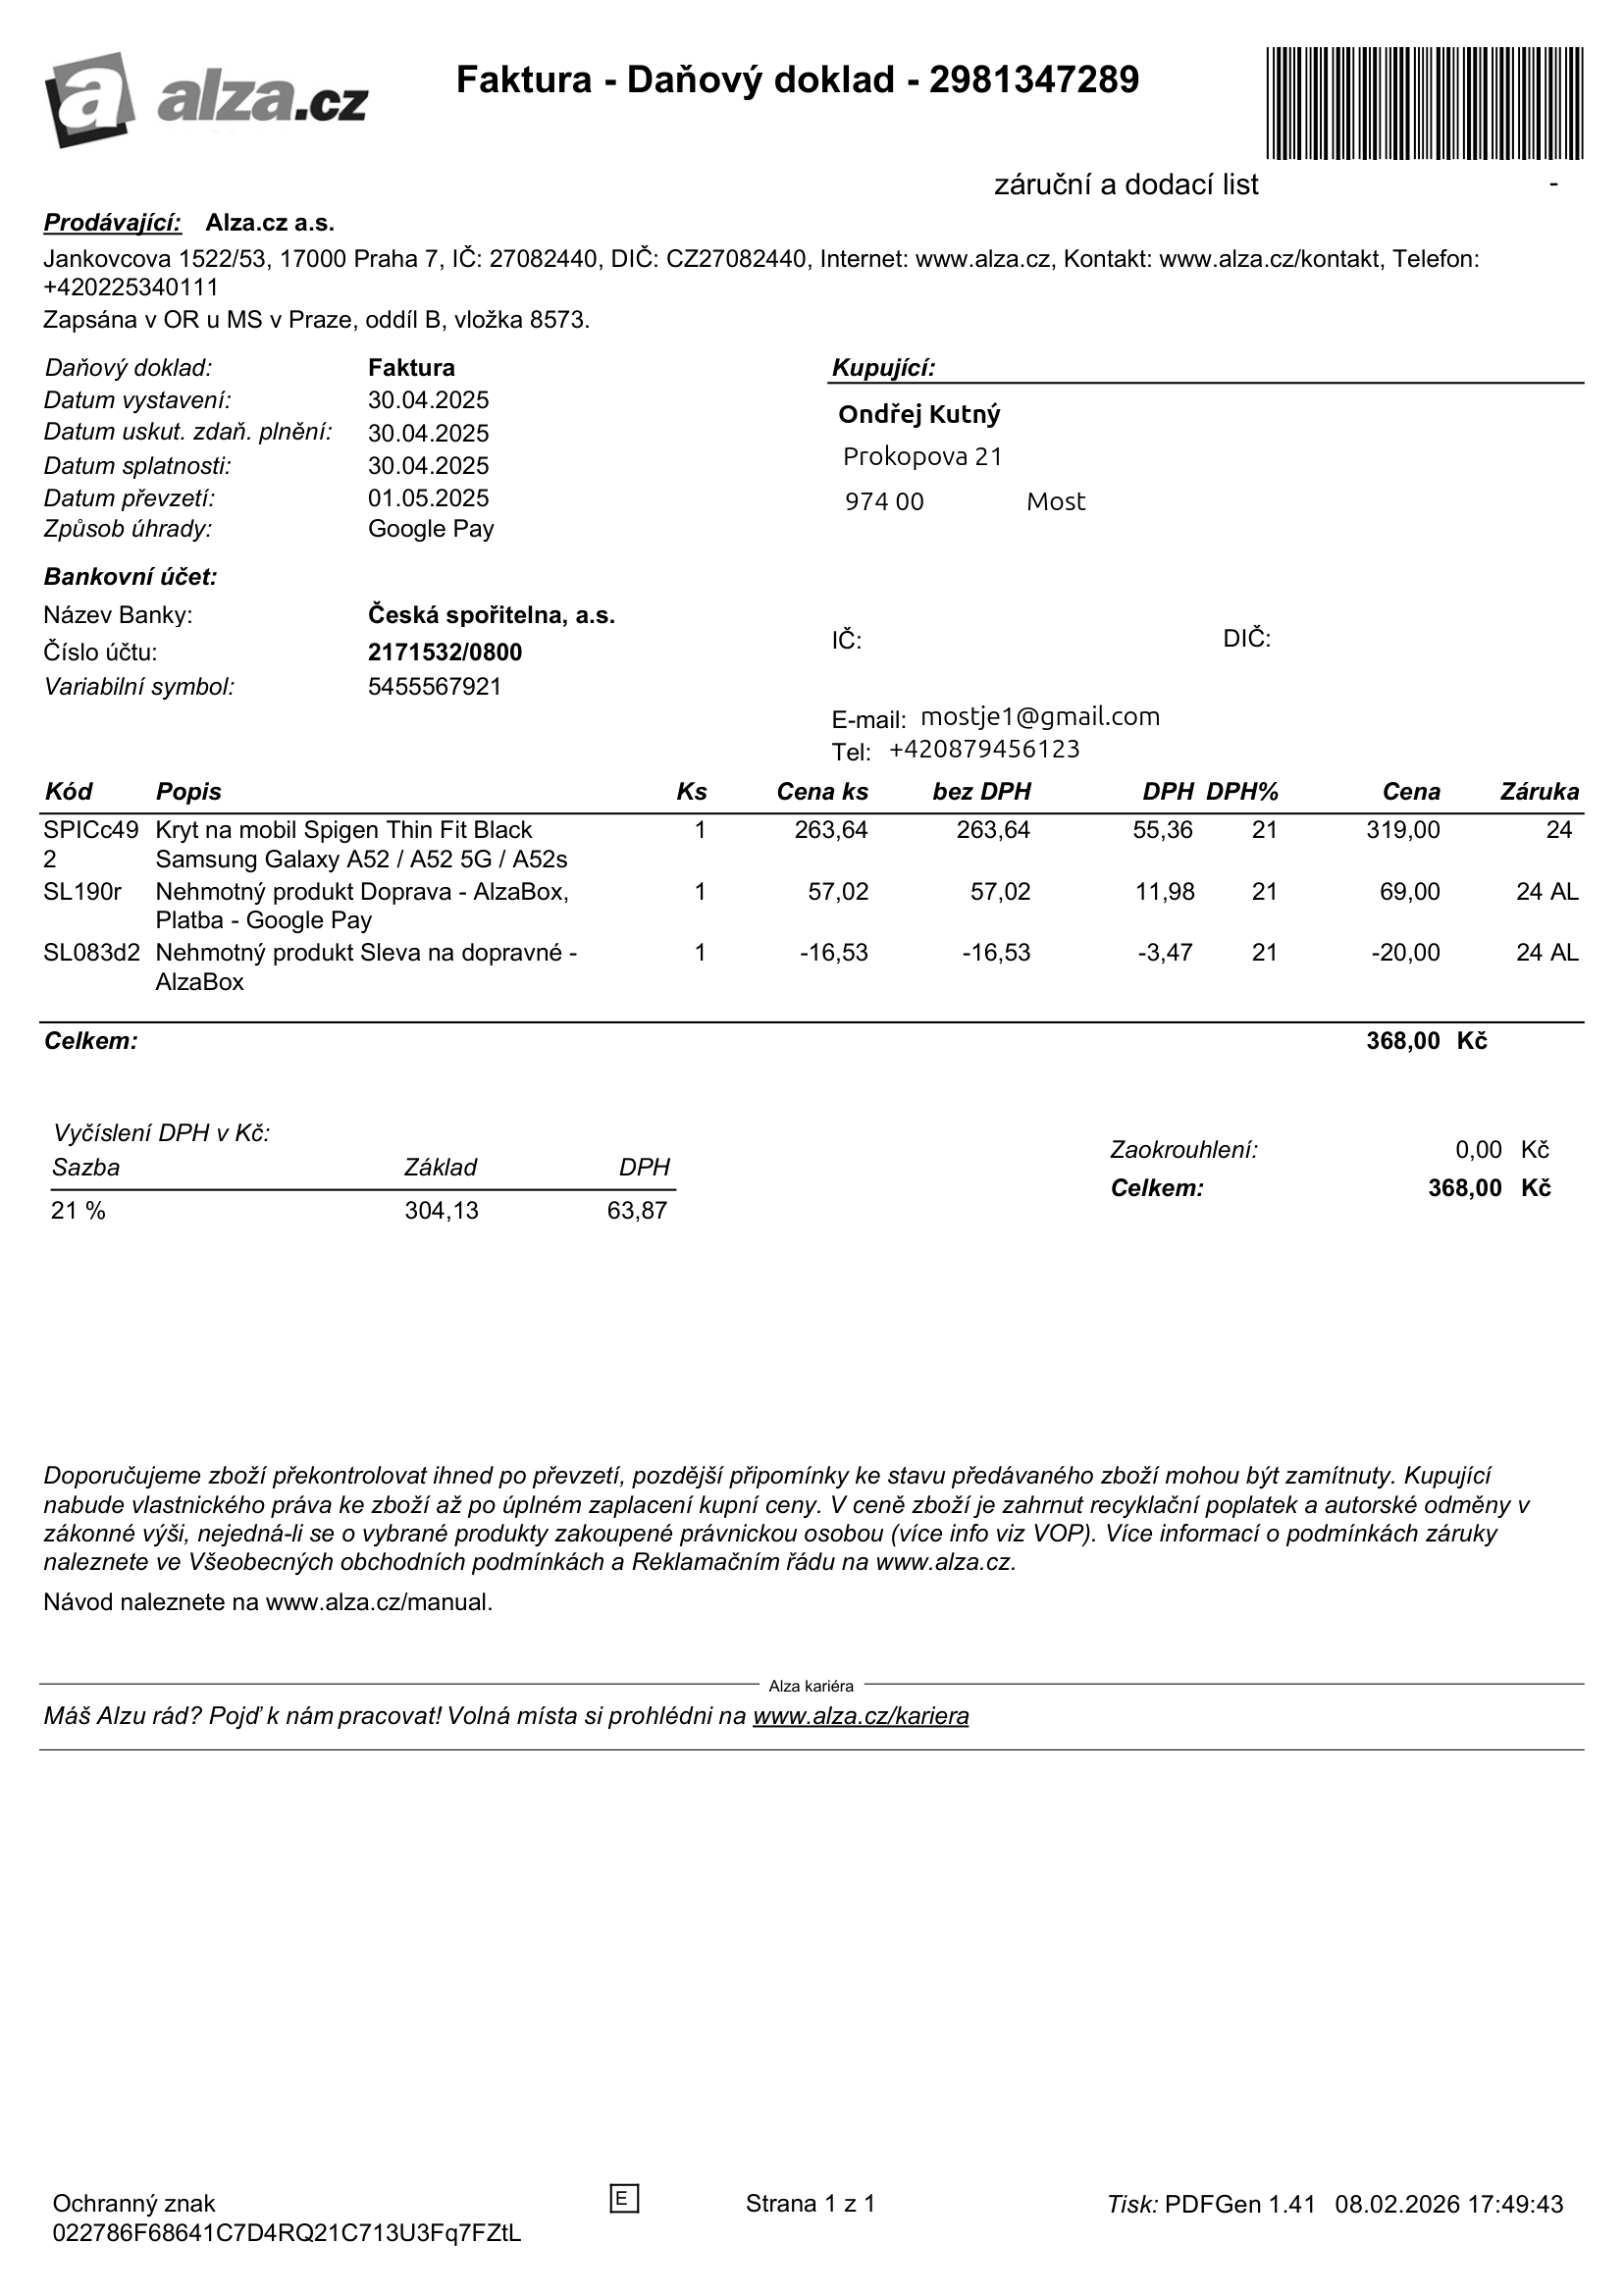
invoice_number: 2981347289
supp_register_id: 27082440
supp_tax_id: CZ27082440
issue_date: 30.04.2025
taxable_supply_date: 30.04.2025
due_date: 30.04.2025
payment_type: Google Pay
bank_account_number: 2171532/0800
variable_symbol: 5455567921
total: 368,00